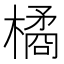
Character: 橘